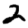
Digit: 2